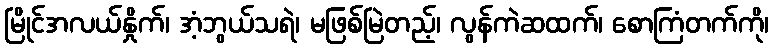
မြိုင်အလယ်နှိုက်၊ အံ့ဘွယ်သရဲ၊ မဖြစ်မြဲတည့်၊ လွန်ကဲဆထက်၊ စောကြံတက်ကို၊